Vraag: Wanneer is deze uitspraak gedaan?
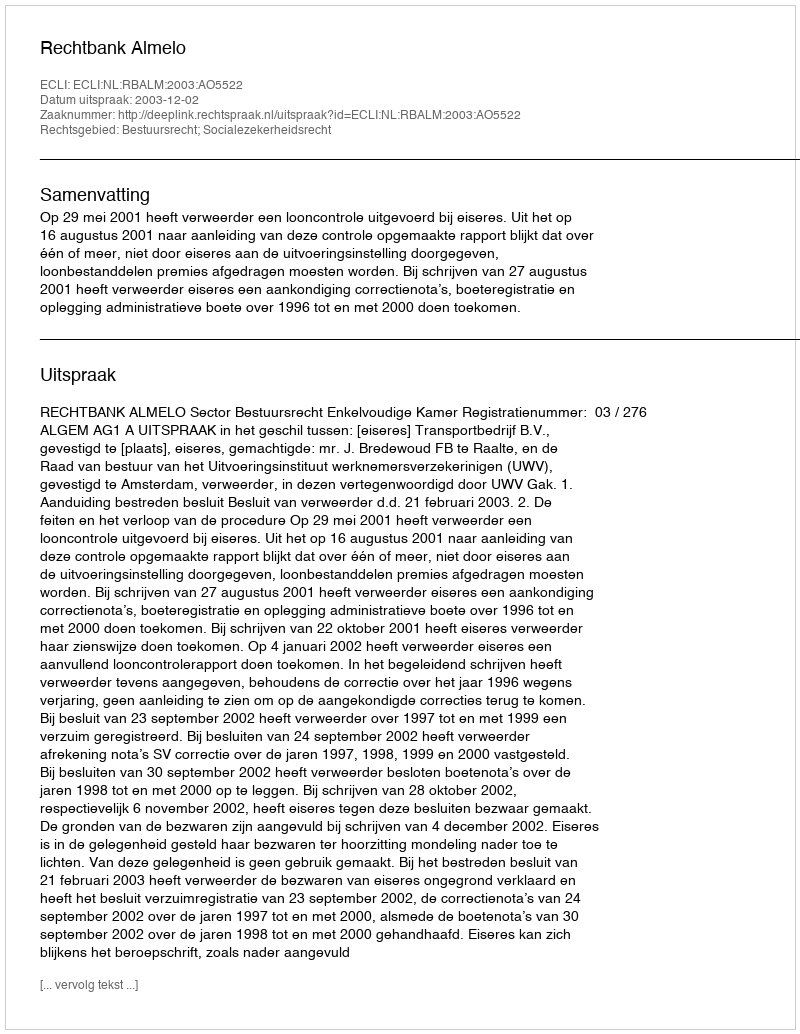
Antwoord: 2003-12-02